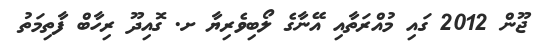
ޖޫން 2012 ގައި މުއްރަތާއި އޭނާގެ ލޯބިވެރިޔާ ށ. ގޮއިދޫ ރިހާބް ފާތިމަތު